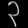
Digit: ၃